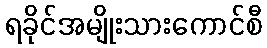
ရခိုင်အမျိုးသားကောင်စီ